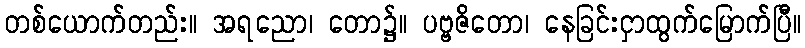
တစ်ယောက်တည်း။ အရညော၊ တော၌။ ပဗ္ဗဇိတော၊ နေခြင်းငှာထွက်မြောက်ပြီ။